Annual statistical returns and brief notes on vaccination in Bengal - 1887-1898
Year: 1887
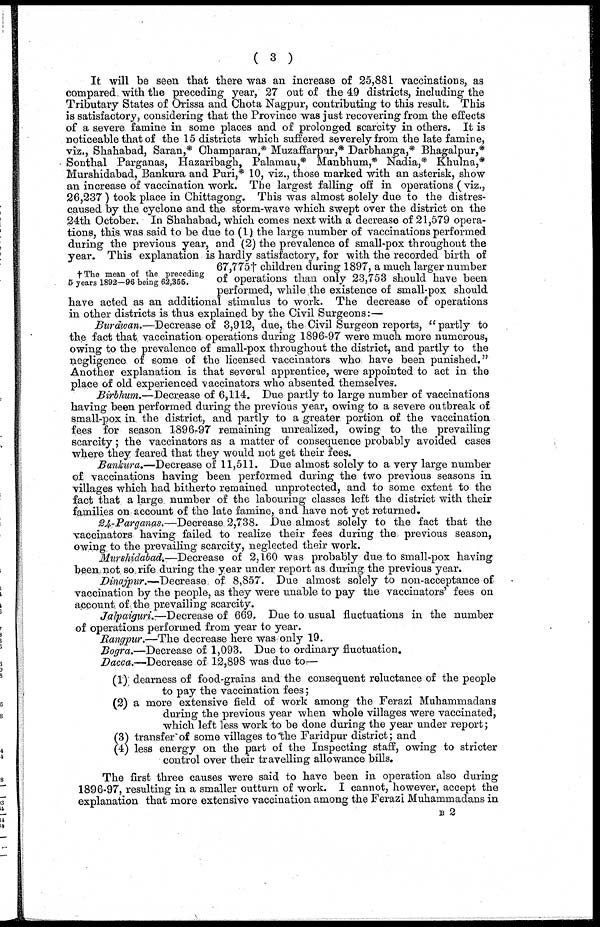
( 3 )
†The mean of the preceding
5 years 1892—96 being 62,355.
It will be seen that there was an increase of 25,881 vaccinations, as
compared, with the preceding year, 27 out of the 49 districts, including the
Tributary States of Orissa and Chota Nagpur, contributing to this result. This
is satisfactory, considering that the Province was just recovering from the effects
of a severe famine in some places and of prolonged scarcity in others. It is
noticeable that of the 15 districts which suffered severely from the late famine,
viz., Shahabad, Saran,* Champaran,* Muzaffarpur,* Darbhanga,* Bhagalpur,*
Sonthal Parganas, Hazaribagh, Palamau,* Manbhum,* Nadia,* Khulna,*
Murshidabad, Bankura and Puri,* 10, viz., those marked with an asterisk, show
an increase of vaccination work. The largest falling off in operations (viz.,
26,237 ) took place in Chittagong. This was almost solely due to the distres-
caused by the cyclone and the storm-wave which swept over the district on the
24th October. In Shahabad, which comes next with a decrease of 21,579 opera-
tions, this, was said to be. due to (1) the large number of vaccinations performed
during the previous year, and (2) the prevalence of small-pox throughout the
year. This explanation is hardly satisfactory, for with the recorded birth of
67,775† children during 1897, a much larger number
of operations than only 23,753 should have been
performed, while the existence of small-pox should
have acted as an additional stimulus to work. The decrease of operations
in other districts is thus explained by the Civil Surgeons:—
Burdwan.—Decrease of 3,912, due, the Civil Surgeon reports, "partly to
the fact that vaccination operations during 1896-97 were much more numerous,
owing to the prevalence of small-pox throughout the district, and partly to the
negligence of some of the licensed vaccinators who have been punished."
Another explanation is that several apprentice, were appointed to act in the
place of old experienced vaccinators who absented themselves.
Birbhum.—Decrease of 6,114. Due partly to large number of vaccinations
having been performed during the previous year, owing to a severe outbreak of
small-pox. in. the district, and partly to a greater portion of the vaccination
fees for season 1896-97 remaining unrealized, owing to the prevailing
scarcity; the vaccinators as a matter of consequence probably avoided cases
where they feared that they would not get their fees.
Bankura.—Decrease of 11,511. Due almost solely to a very large number
of vaccinations having been performed during the two previous seasons in
villages which had hitherto remained unprotected, and to some extent to the
fact that a large number of the labouring classes left the district with their
families on account of the late famine, and have not yet returned.
24-Parganas.—Decrease 2,738. Due almost solely to the fact that the
vaccinators having failed to realize their fees during the previous season,
owing to the prevailing scarcity, neglected their work.
Murshidabad.—Decrease of 2,160 was probably due to small-pox having
been not so rife during the year under report as during the previous year.
Dinajpur.—Decrease of 8,857. Due almost solely to non-acceptance of
vaccination by the people, as they were unable to pay the vaccinators' fees on
account of the prevailing scarcity.
Jalpaiguri.—Decrease of 669. Due to usual fluctuations in the number
of operations performed from year to year.
Rangpur.—The decrease here was only 19.
Bogra.—Decrease of 1,093. Due to ordinary fluctuation.
Dacca.—Decrease of 12,898 was due to—
(1) dearness of food-grains and the consequent reluctance of the people
to pay the vaccination fees;
(2) a more extensive field of work among the Ferazi Muhammadans
during the previous year when whole villages were vaccinated,
which left less work to be done during the year under report;
(3) transfer of some villages to the Faridpur district; and
(4) less energy on the part of the Inspecting staff, owing to stricter
control over their travelling allowance bills.
The first three causes were said to have been in operation also during
1896-97, resulting in a smaller outturn of work. I cannot, however, accept the
explanation that more extensive vaccination among the Ferazi Muhammadans in
B 2